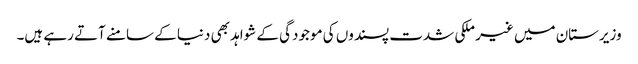
وزیرستان میں غیر ملکی شدت پسندوں کی موجودگی کے شواہد بھی دنیا کے سامنے آتے رہے ہیں۔